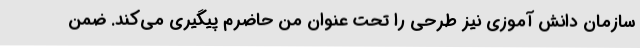
سازمان دانش آموزی نیز طرحی را تحت عنوان من حاضرم پیگیری می‌کند. ضمن